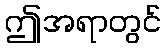
ဤအရာတွင်